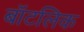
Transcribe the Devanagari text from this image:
बॉटलिक